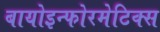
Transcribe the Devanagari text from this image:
बायोइन्फोरमेटिक्स